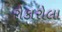
રોકારોલા